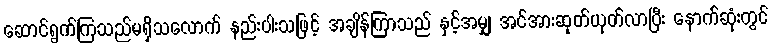
ဆောင်ရွက်ကြသည်မရှိသလောက် နည်းပါးသဖြင့် အချိန်ကြာသည် နှင့်အမျှ အင်အားဆုတ်ယုတ်လာပြီး နောက်ဆုံးတွင်